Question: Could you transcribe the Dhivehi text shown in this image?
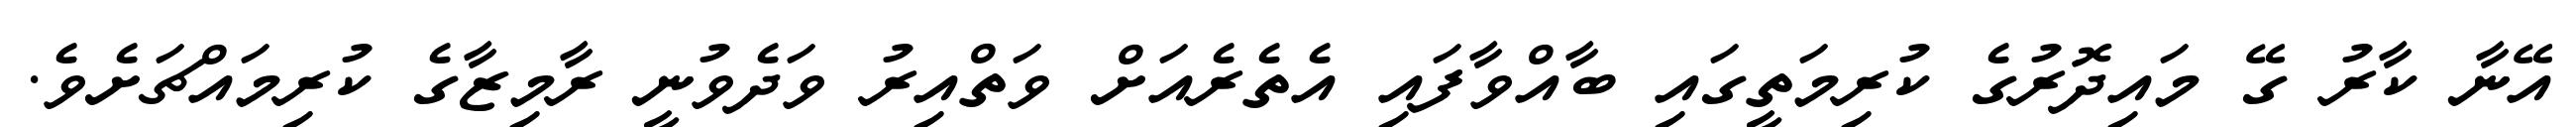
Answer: އޭނާ ކާރު ގޭ މައިދޮރުގެ ކުރިމަތީގައި ބާއްވާފައި އެތެރެއަށް ވަތްއިރު ވަދެވުނީ ރާމިޒާގެ ކުރިމައްޗަށެވެ.